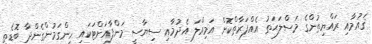
ޤައުމާއި ރައްޔިތުންގެ މަސްލަޙަތު އެއްފަރާތްކޮށް އަމިއްލަ އެދުމާއި ސިޔާސީ މަންފާއަށްޓަކައި ހިންގަމުންގެންދާ ބޮޑެތި